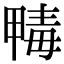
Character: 𣫹